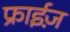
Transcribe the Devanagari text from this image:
फ्राईज़